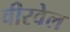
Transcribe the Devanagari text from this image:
वीरवेल